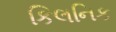
કિલનિક